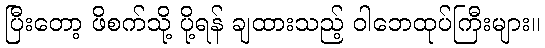
ပြီးတော့ ဖိစက်သို့ ပို့ရန် ချထားသည့် ဝါဘေထုပ်ကြီးများ။